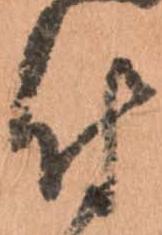
付